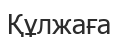
Құлжаға